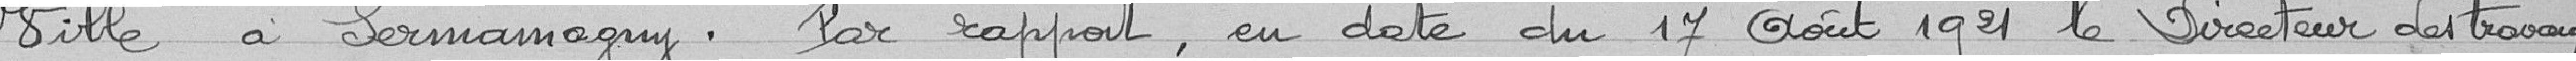
ville de Sermamagny. Par rapport, en date du 17 août 1921 le Directeur des travaux